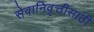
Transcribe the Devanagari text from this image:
सेवानिवृत्तीसाठी